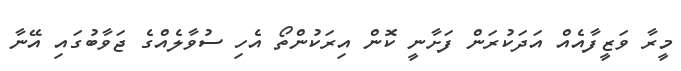
މީރާ ވަޒީފާއެއް އަދަކުރަން ފަށާނީ ކޮން އިރަކުންތޯ އެހި ސުވާލެއްގެ ޖަވާބުގައި އޭނާ